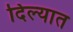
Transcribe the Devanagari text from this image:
दिल्यात